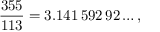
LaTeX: { \frac { 3 5 5 } { 1 1 3 } } = 3 . 1 4 1 \, 5 9 2 \, 9 2 \ldots ,